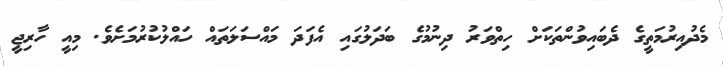
މެދުއިރުމަތީގެ ދެބައިވުންތަކަށް ހިތްވަރު ދިނުމުގެ ބަދަލުގައި އެފަދަ މައްސަލަތައް ހައްލުކުރުމަށެވެ. މިއީ ހާރިޖީ